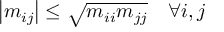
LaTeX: \left| m _ { i j } \right| \leq { \sqrt { m _ { i i } m _ { j j } } } \quad \forall i , j